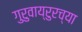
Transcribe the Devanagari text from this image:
गुरुवाय्रुरच्या